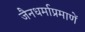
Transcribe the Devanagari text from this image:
जैनधर्माप्रमाणें